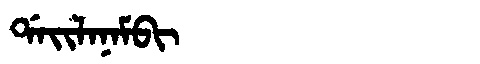
Manchu: ᡩᠠᡳᠯᠠᠨᠠᠮᠪᡳ
Romanization: DAILANAMBI